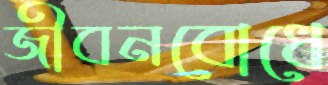
জীবনবোধে